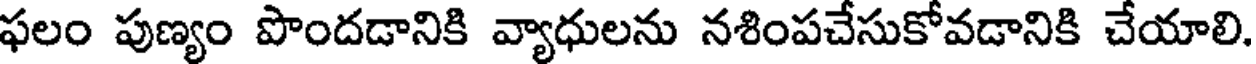
ఫలం పుణ్యం పొందడానికి వ్యాధులను నశింపచేసుకోవడానికి చేయాలి